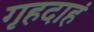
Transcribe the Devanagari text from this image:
गृहदाहं